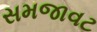
સમજાવટ